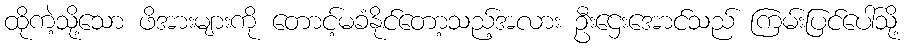
ထိုကဲ့သို့သော ဖိအားများကို တောင့်မခံနိုင်တော့သည့်အလား ဦးဌေးအောင်သည် ကြမ်းပြင်ပေါ်သို့